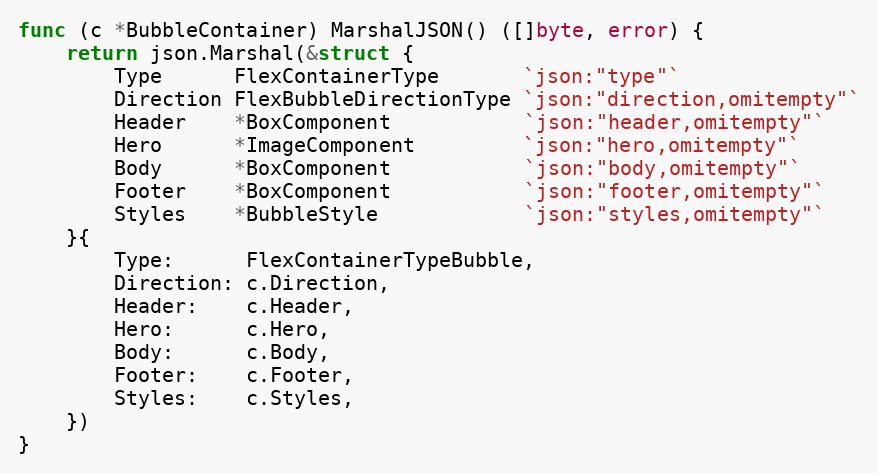
Language: Go
func (c *BubbleContainer) MarshalJSON() ([]byte, error) {
	return json.Marshal(&struct {
		Type      FlexContainerType       `json:"type"`
		Direction FlexBubbleDirectionType `json:"direction,omitempty"`
		Header    *BoxComponent           `json:"header,omitempty"`
		Hero      *ImageComponent         `json:"hero,omitempty"`
		Body      *BoxComponent           `json:"body,omitempty"`
		Footer    *BoxComponent           `json:"footer,omitempty"`
		Styles    *BubbleStyle            `json:"styles,omitempty"`
	}{
		Type:      FlexContainerTypeBubble,
		Direction: c.Direction,
		Header:    c.Header,
		Hero:      c.Hero,
		Body:      c.Body,
		Footer:    c.Footer,
		Styles:    c.Styles,
	})
}